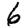
Digit: 6